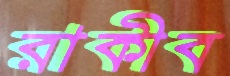
রাকীব